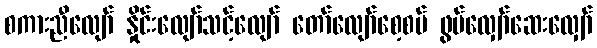
စကားညီလျော် နှိုင်းလျော်သင့်လျော် တော်လျော်စေ့စပ် ဖွပ်လျှော်ဆေးလျှော်